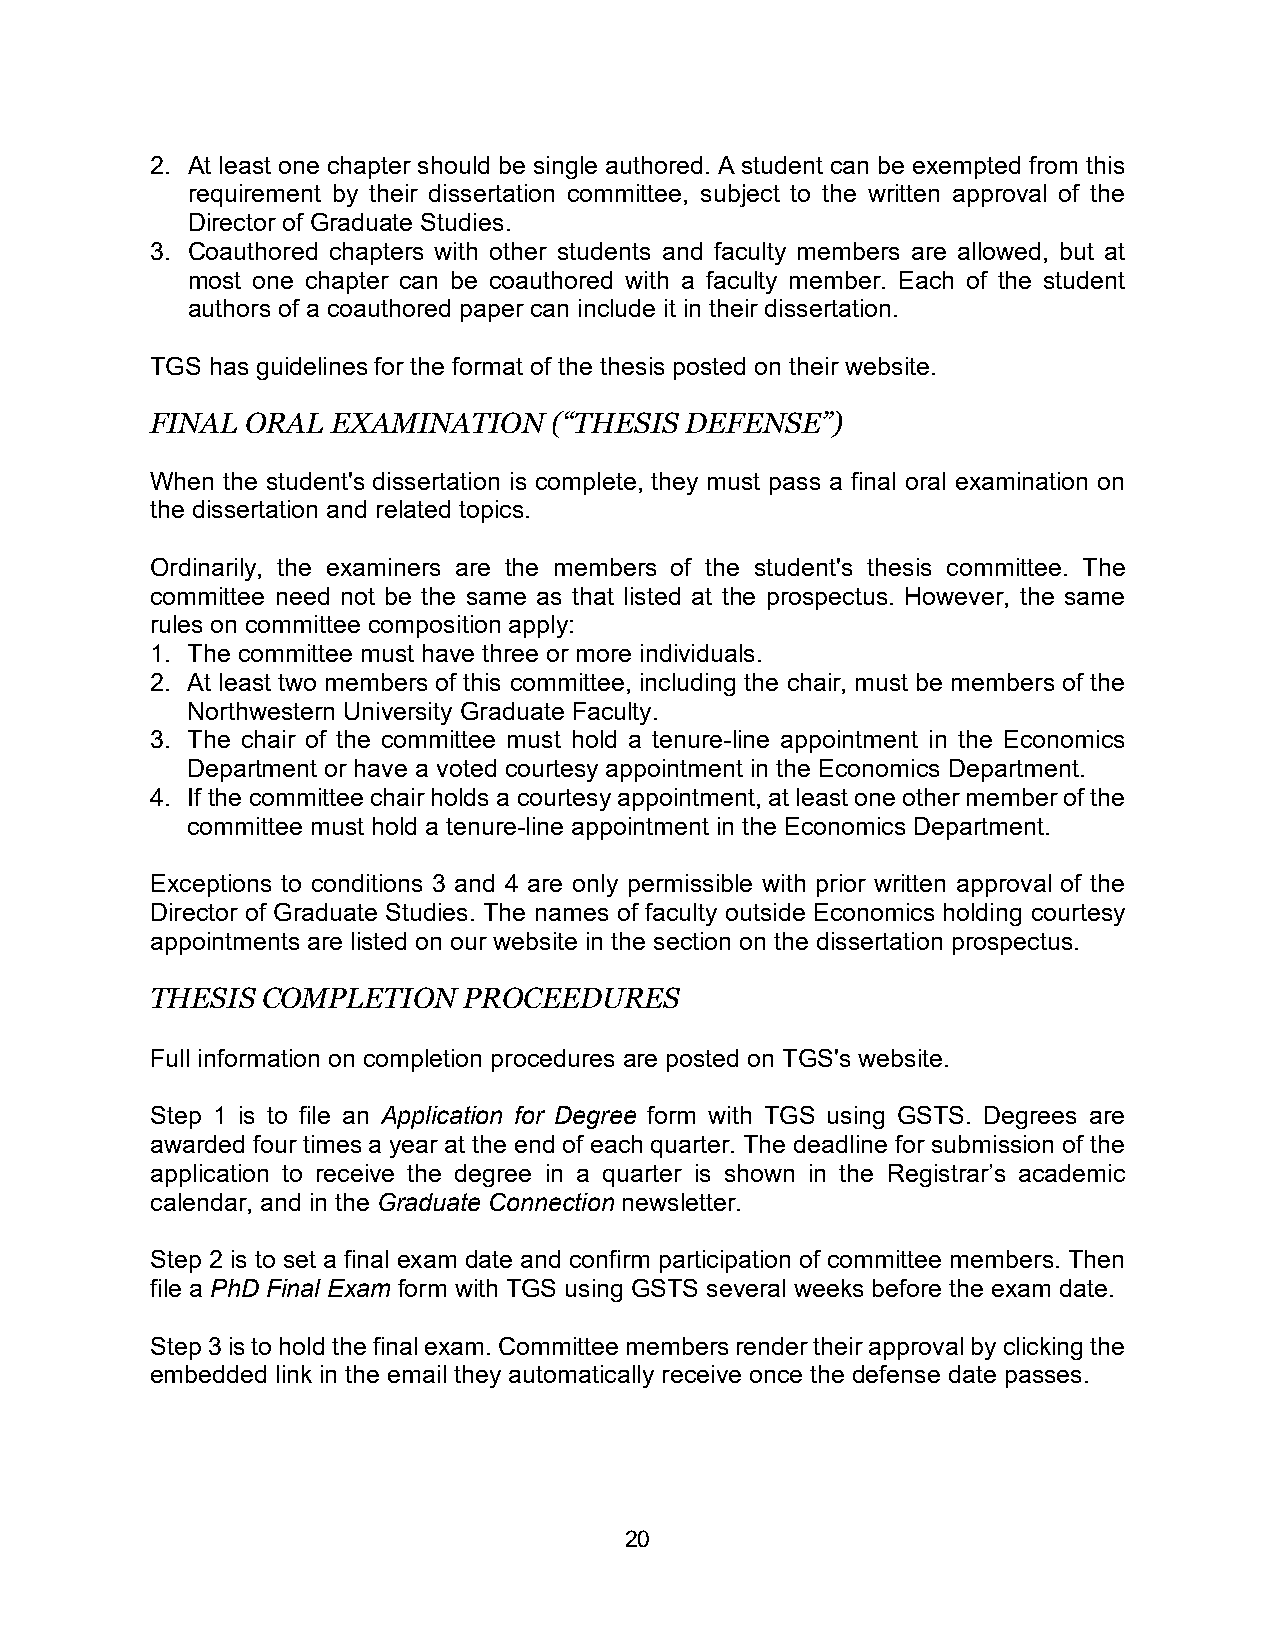
2. At least one chapter should be single authored. A student can be exempted from this
 requirement by their dissertation committee, subject to the written approval of the
 Director of Graduate Studies.
 3. Coauthored chapters with other students and faculty members are allowed, but at
 most one chapter can be coauthored with a faculty member. Each of the student
 authors of a coauthored paper can include it in their dissertation.
 TGS has guidelines for the format of the thesis posted on their website.
 FINAL ORAL  EXAMINATION    (“THESIS DEFENSE”)
 When the student's dissertation is complete, they must pass a final oral examination on
 the dissertation and related topics.
 Ordinarily, the examiners are the members of the student's thesis committee. The
 committee need not be the same as that listed at the prospectus. However, the same
 rules on committee composition apply:
 1. The committee must have three or more individuals.
 2. At least two members of this committee, including the chair, must be members of the
 Northwestern University Graduate Faculty.
 3. The chair of the committee must hold a tenure-line appointment in the Economics
 Department or have a voted courtesy appointment in the Economics Department.
 4. If the committee chair holds a courtesy appointment, at least one other member of the
 committee must hold a tenure-line appointment in the Economics Department.
 Exceptions to conditions 3 and 4 are only permissible with prior written approval of the
 Director of Graduate Studies. The names of faculty outside Economics holding courtesy
 appointments are listed on our website in the section on the dissertation prospectus.
 THESIS COMPLETION    PROCEEDURES
 Full information on completion procedures are posted on TGS's website.
 Step 1 is to file an Application for Degree form with TGS using GSTS. Degrees are
 awarded four times a year at the end of each quarter. The deadline for submission of the
 application to receive the degree in a quarter is shown in the Registrar’s academic
 calendar, and in the Graduate Connection newsletter.
 Step 2 is to set a final exam date and confirm participation of committee members. Then
 file a PhD Final Exam form with TGS using GSTS several weeks before the exam date.
 Step 3 is to hold the final exam. Committee members render their approval by clicking the
 embedded link in the email they automatically receive once the defense date passes.
 20